NAE_ERA_R-1665_Eesti_Kunstnike_Liit, lk 18
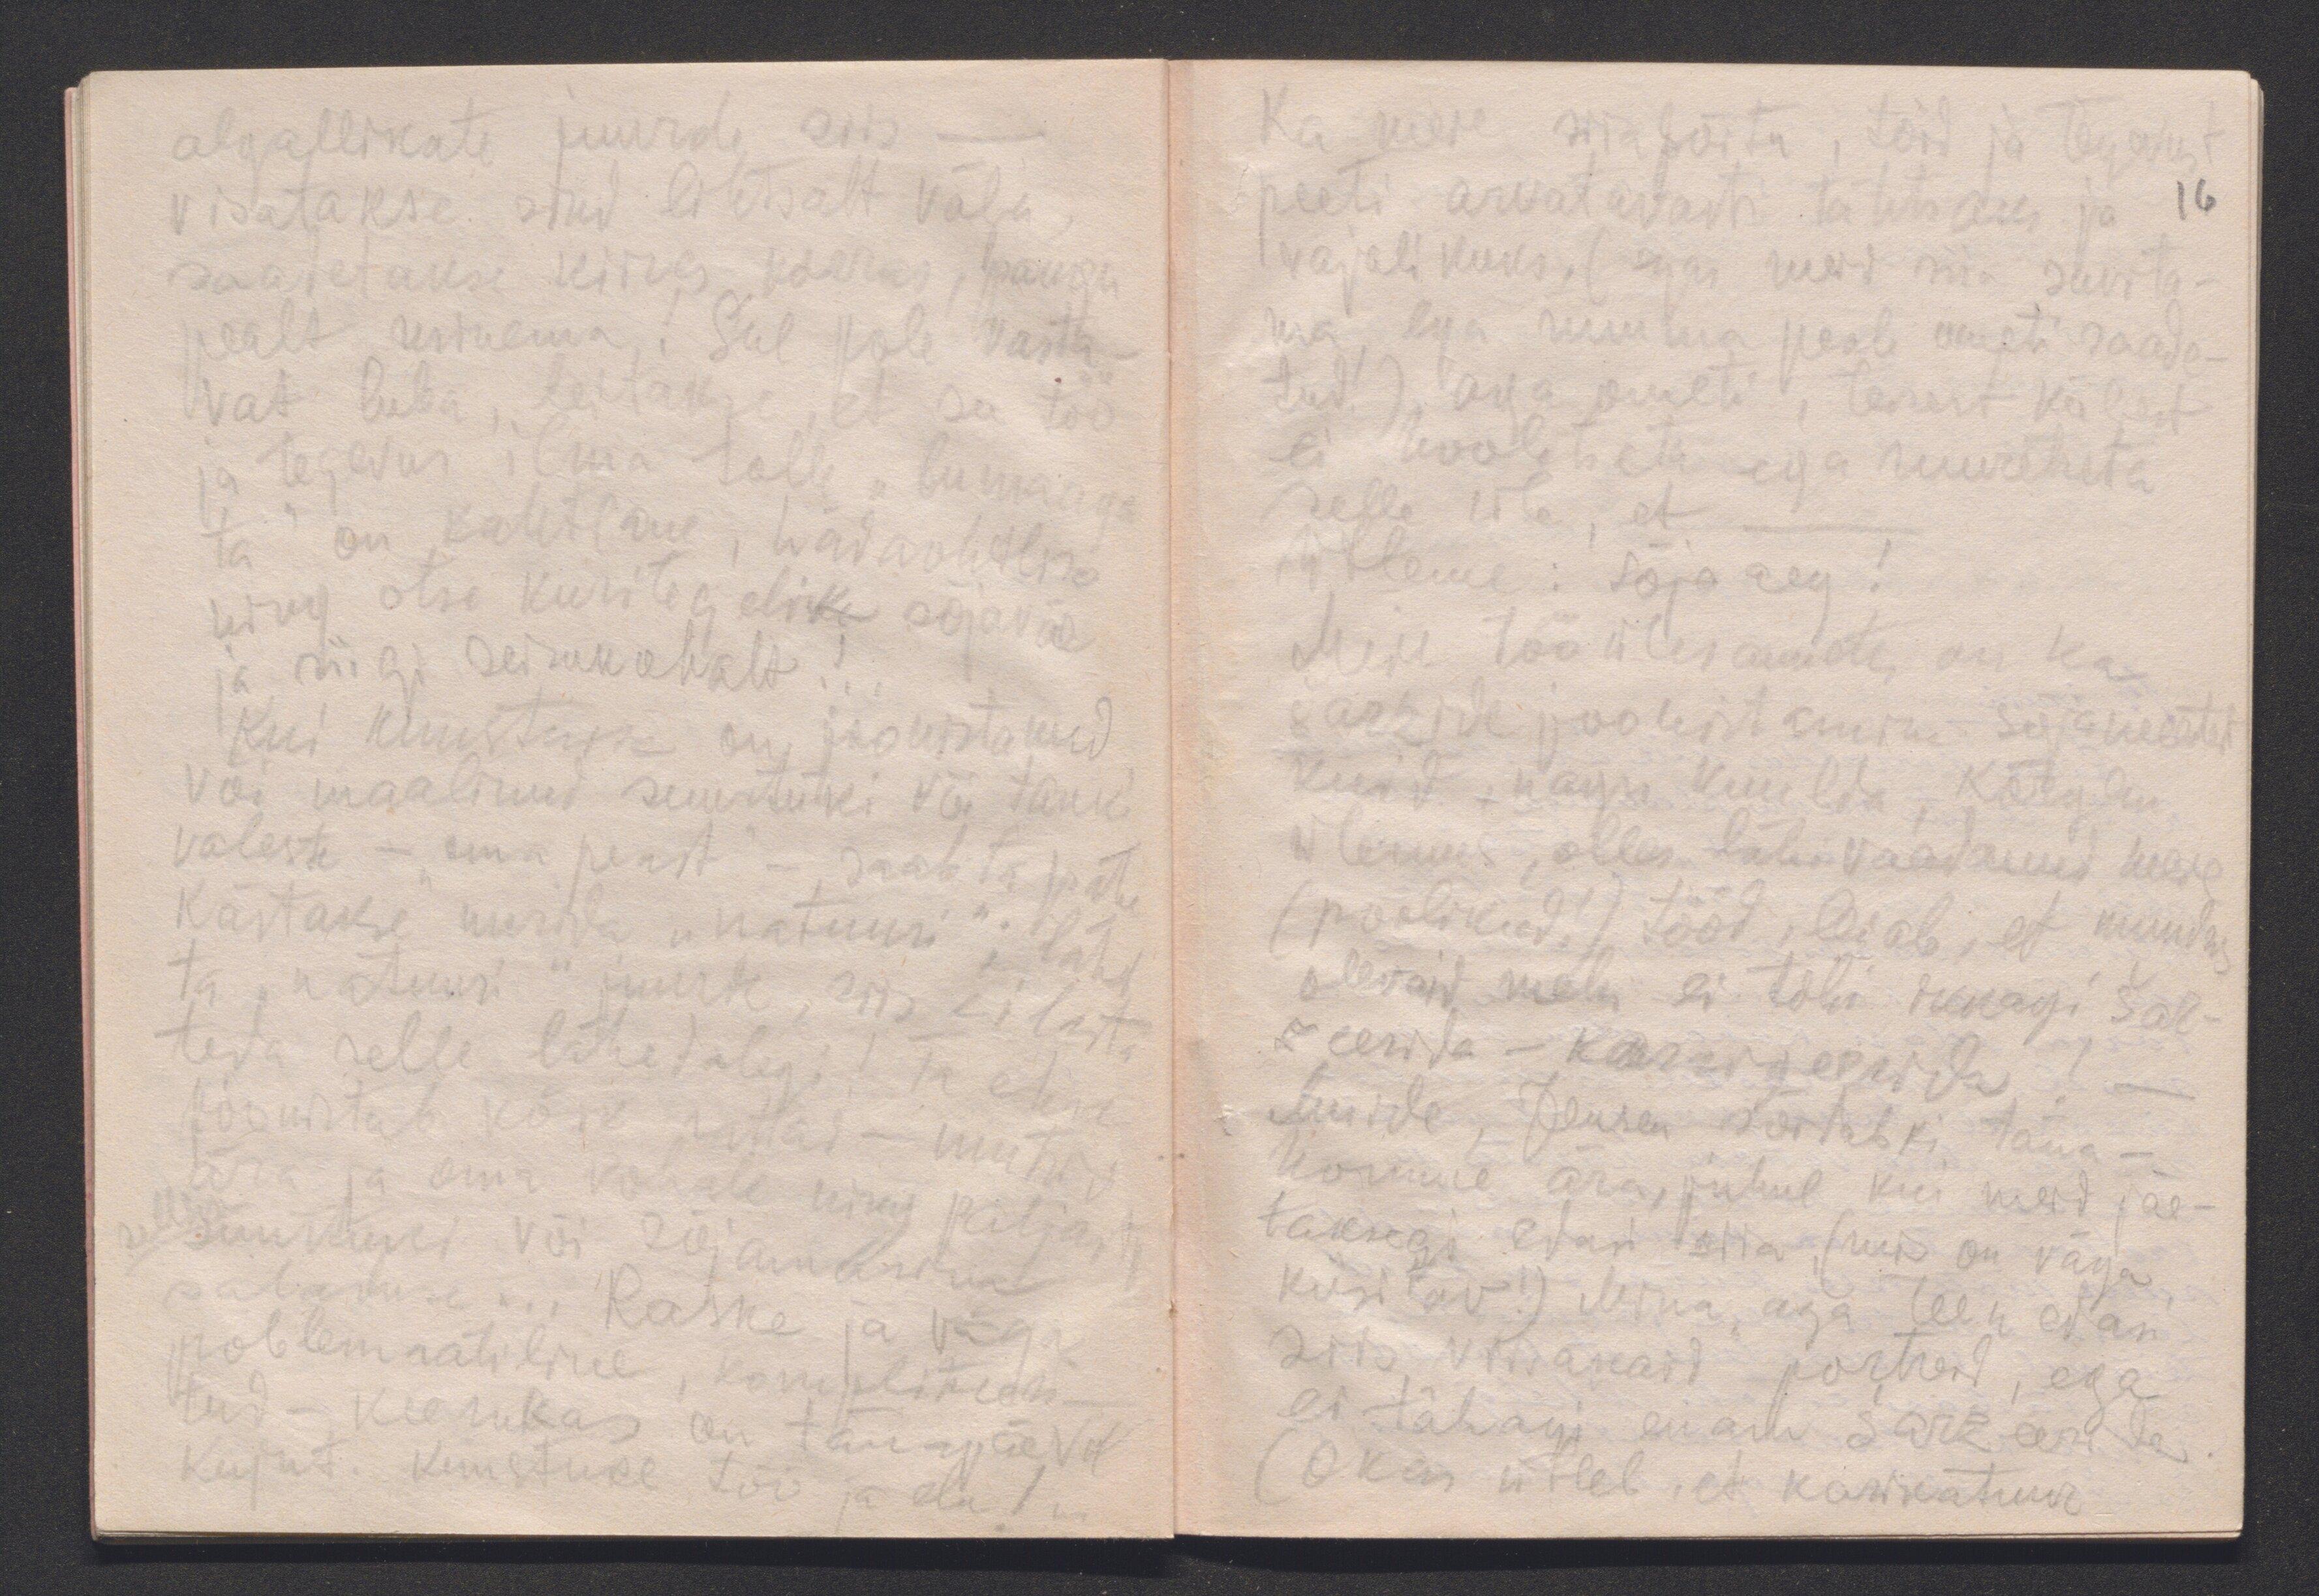
algallikate juurde, siis -
visatakse sind lihtsalt välja,
saadetakse kiires korras, paugu
pealt minema! Sul pole vasta-
vat luba, leitakse, et su töö
ja tegevus ilma tolle "bumaaga
ta" on kahtlane, hädaohtlik
ning otse kuritegelik sõjaväe
ja riigi seisukohalt! ..
Kui kunstnik on joonistanud
või maalinud suurtüki või tanki
valesti - "oma peast" - saab ta pähe
Kästakse uurida "natuuri"; läheb
ta "natuuri" juurde, siis ei lasta
teda selle lähedalegi!  Ta ehk
joonistab kõik rattad-mutrid
ära ja oma kohale ning paljastab
suurtüki või sõjamasina
saladuse... Raske ja väga
problemaatiline, komplitseeri-
tud - keerukas on tänapäeva
kujut. kunstnike töö ja elu!

Ka meie siiasõitu, töid ja tegevust
peeti arvatavasti tähtsaks ja 16
vajalikuks. (egas meid siia suvita-
ma ega nuuma peale ometi saade-
tud.) aga ometi, teisest küljest
ei hoolitseta ega muretseta
selle üle, et -
Ütleme: sõja aeg!
Meie tööülesannetes on ka
šaržide joonistamine sõjameestest
kuid nagu kuulda, kõrgem
ülemus, olles läbivaadanud meie
(poolikud!) tööd, leiab, et mundris
olevaid mehi ei tohi ikkagi šar-
zeerida - karrigeerida! -
Muide, Jensen sõidabki täna -
homme ära, juhul kui meid jäe-
taksegi edasi siia, (mis on väga
küsitav!) Mina aga teen edasi
siis viisakaid portreid, ega
ei tahagi enam šarzeerida.
(Okas ütleb, et karikatuur